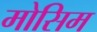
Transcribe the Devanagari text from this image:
मोसिम